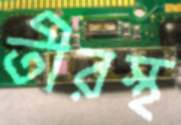
তীরস্থ